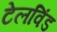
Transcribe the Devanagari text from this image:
टेलविंड